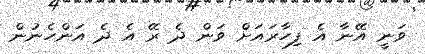
ވަނީ އޭނާ އެ ފިހާރައަށް ވަން ދެ ރޭ އެ ދެ އަންހެނުން